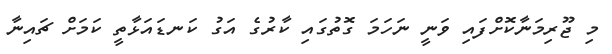
މި ޖޫރިމަނާކޮށްފައި ވަނީ ނަހަމަ ގޮތުގައި ކާރުގެ އަގު ކަނޑައަޅާތީ ކަމަށް ޗައިނާ